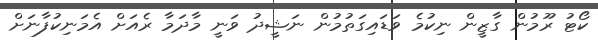
ކޯޓު ރޫމުން ގާޒީން ނިކުމެ ވަޑައިގަތުމުން ނަޝީދު ވަނީ މާދަމާ ރެއަށް އެމަނިކުފާނަށް